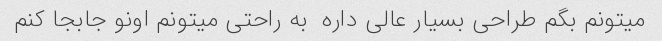
میتونم بگم طراحی بسیار عالی داره  به راحتی میتونم اونو جابجا کنم